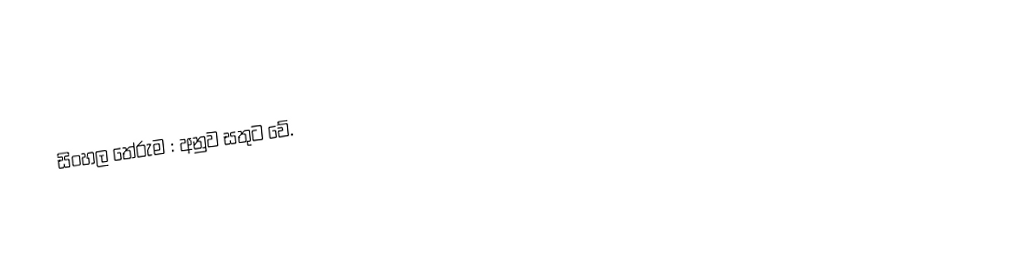
සිංහල තේරුම : අනුව සතුට වේ.